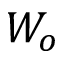
W _ { o }